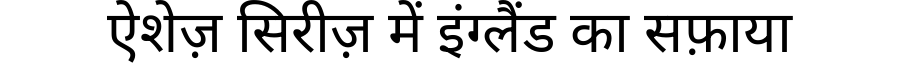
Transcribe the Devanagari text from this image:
ऐशेज़ सिरीज़ में इंग्लैंड का सफ़ाया